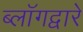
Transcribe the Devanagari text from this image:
ब्लॉगद्वारे